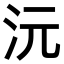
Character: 沅